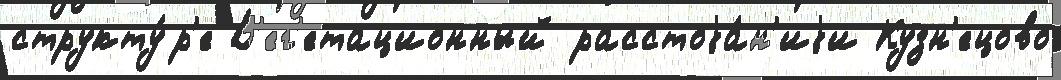
структу́р'е В'ег'етационный расстоjа́н'иjи Кузн'ецово